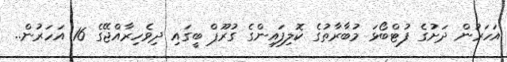
އަހަރުން ދަށުގެ ފުޓްބޯޅަ މުބާރާތުގެ ކޮލިފައިންގެ ގުރޫޕް ބީގައި ދިވެހިރާއްޖޭގެ 16 އަހަރުން..